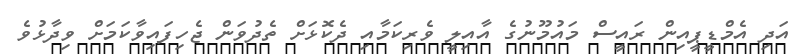
އަދި އެމްޑީޕީއިން ރައީސް މައުމޫނުގެ އާއިލީ ވެރިކަމާއި ދެކޮޅަށް ތެދުވަން ޖެހިފައިވާކަމަށް ވިދާޅުވެ